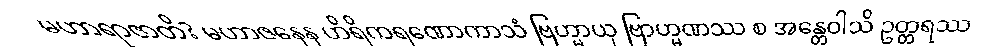
မဟာရာဇာတိ? မဟာဇနေန ဟိရိကရဏောကာသံ ဗြဟ္မာယု ဗြာဟ္မဏဿ စ အန္တေဝါသိ ဥတ္တရဿ